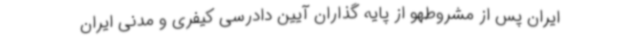
ایران پس از مشروطهو از پایه گذاران آیین دادرسی کیفری و مدنی ایران